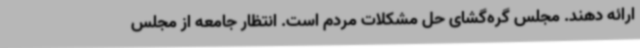
ارائه دهند. مجلس گره‌گشای حل مشکلات مردم است. انتظار جامعه از مجلس